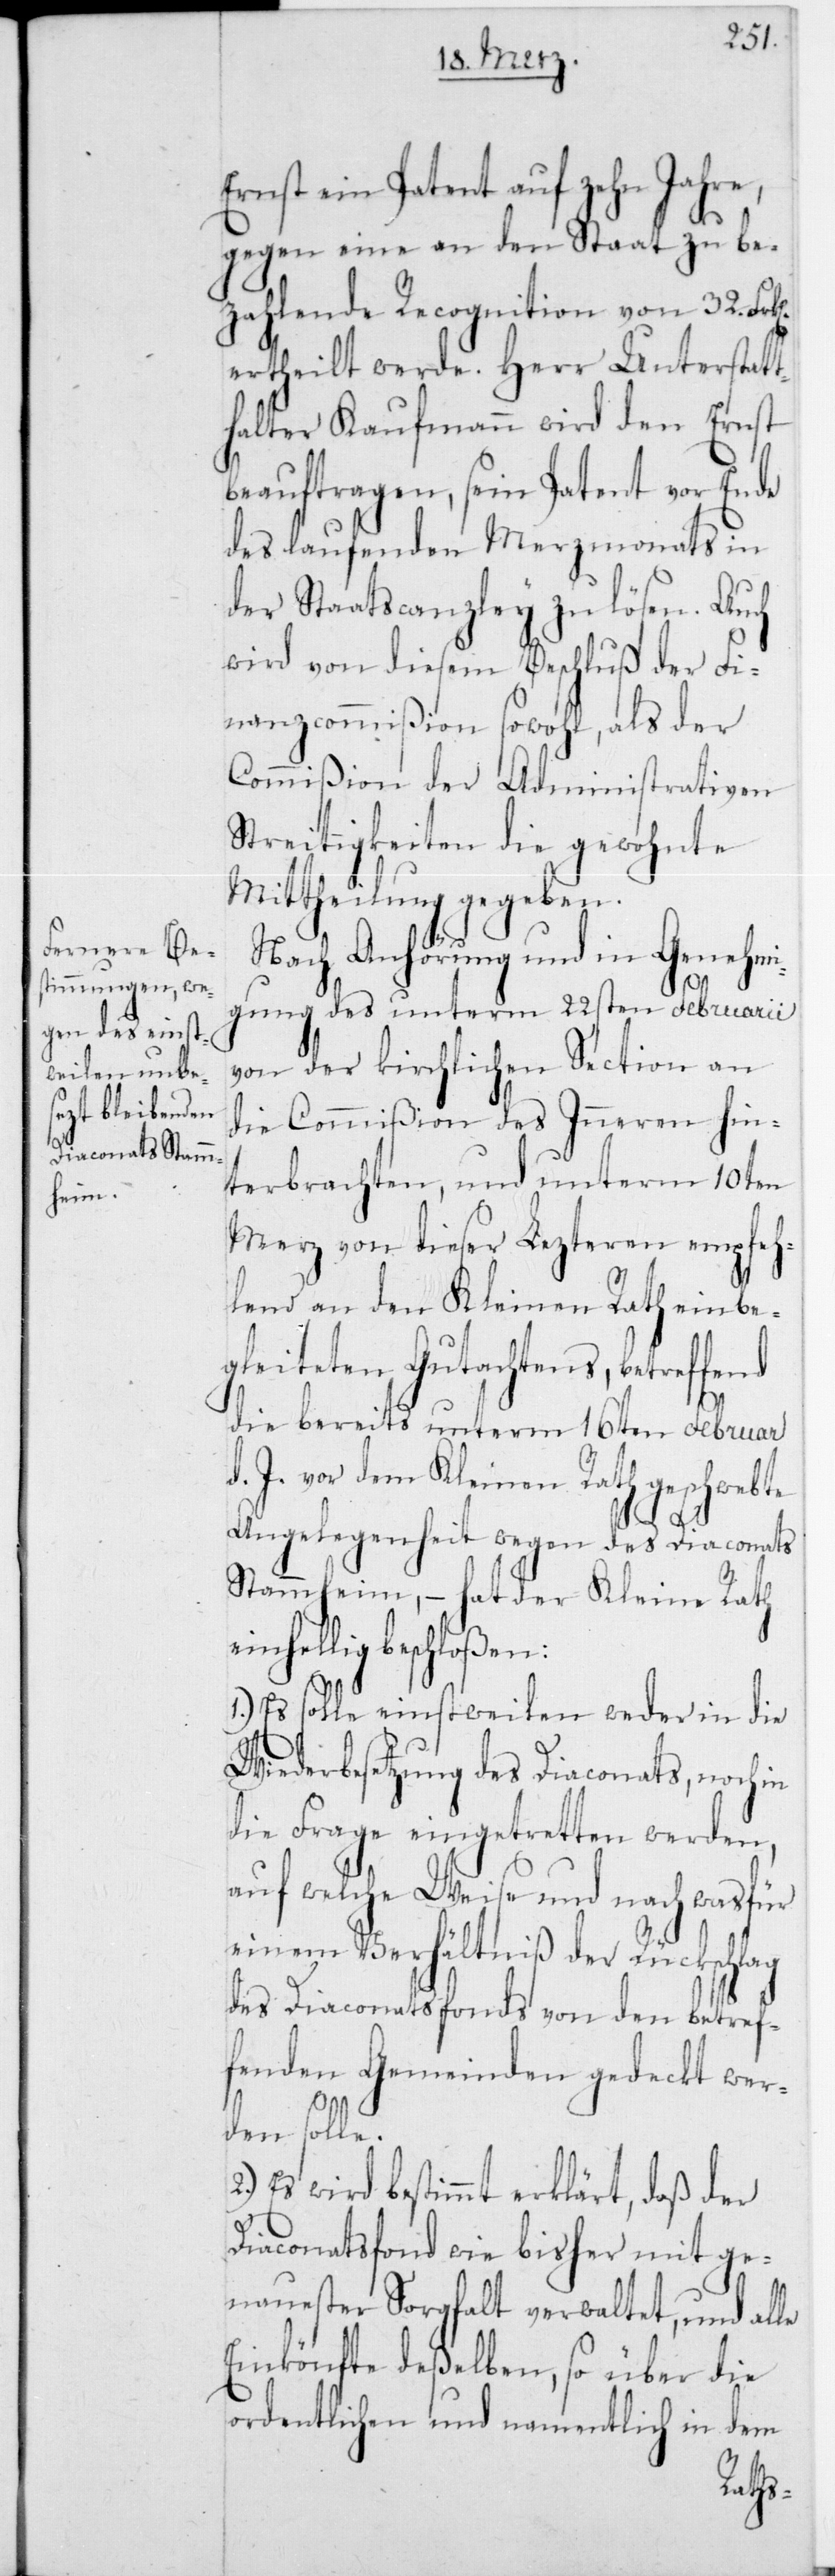
Ernst ein Patent auf zehn Jahre,
gegen eine an den Staat zu be¬
zahlende Recognition von 32 Frk[en]
ertheilt werde. Herr Unterstatt¬
halter Kaufmann wird den Ernst
beauftragen, sein Patent vor Ende
des laufenden Merzmonats in
der Staatscanzley zu lösen. Auch
wird von diesem Beschluß der Fi¬
nanzcommißion sowohl, als der
Commißion der Administrativen
Streitigkeiten die gewohnte
Mittheilung gegeben.
Nach Anhörung und in Genehmi¬
gung des unterm 22sten Februarii
von der kirchlichen Section an
die Commißion des Innern hin¬
terbrachten, und unterm 10ten
Merz von dieser Lezteren empfeh¬
lend an den Kleinen Rath einbe¬
gleiteten Gutachtens, betreffend
die bereits unterm 16ten Februar
d. J. vor dem Kleinen Rath geschwebte
Angelegenheit wegen des Diaconats
Stammheim, – hat der Kleine Rath
einhellig beschloßen:
Es solle einstweilen weder in die
Wiederbesetzung des Diaconats, noch in
die Frage eingetretten werden,
auf welche Weise und nach was für
einem Verhältniß der Rückschlag
des Diaconatsfonds von den betref¬
fenden Gemeinden gedeckt wer¬
den solle.
Es wird bestimmt erklärt, daß der
Diaconatsfond wie bisher mit ge¬
nauester Sorgfalt verwaltet, und alle
Einkönfte deßelben, so über die
ordentlichen und namentlich in dem